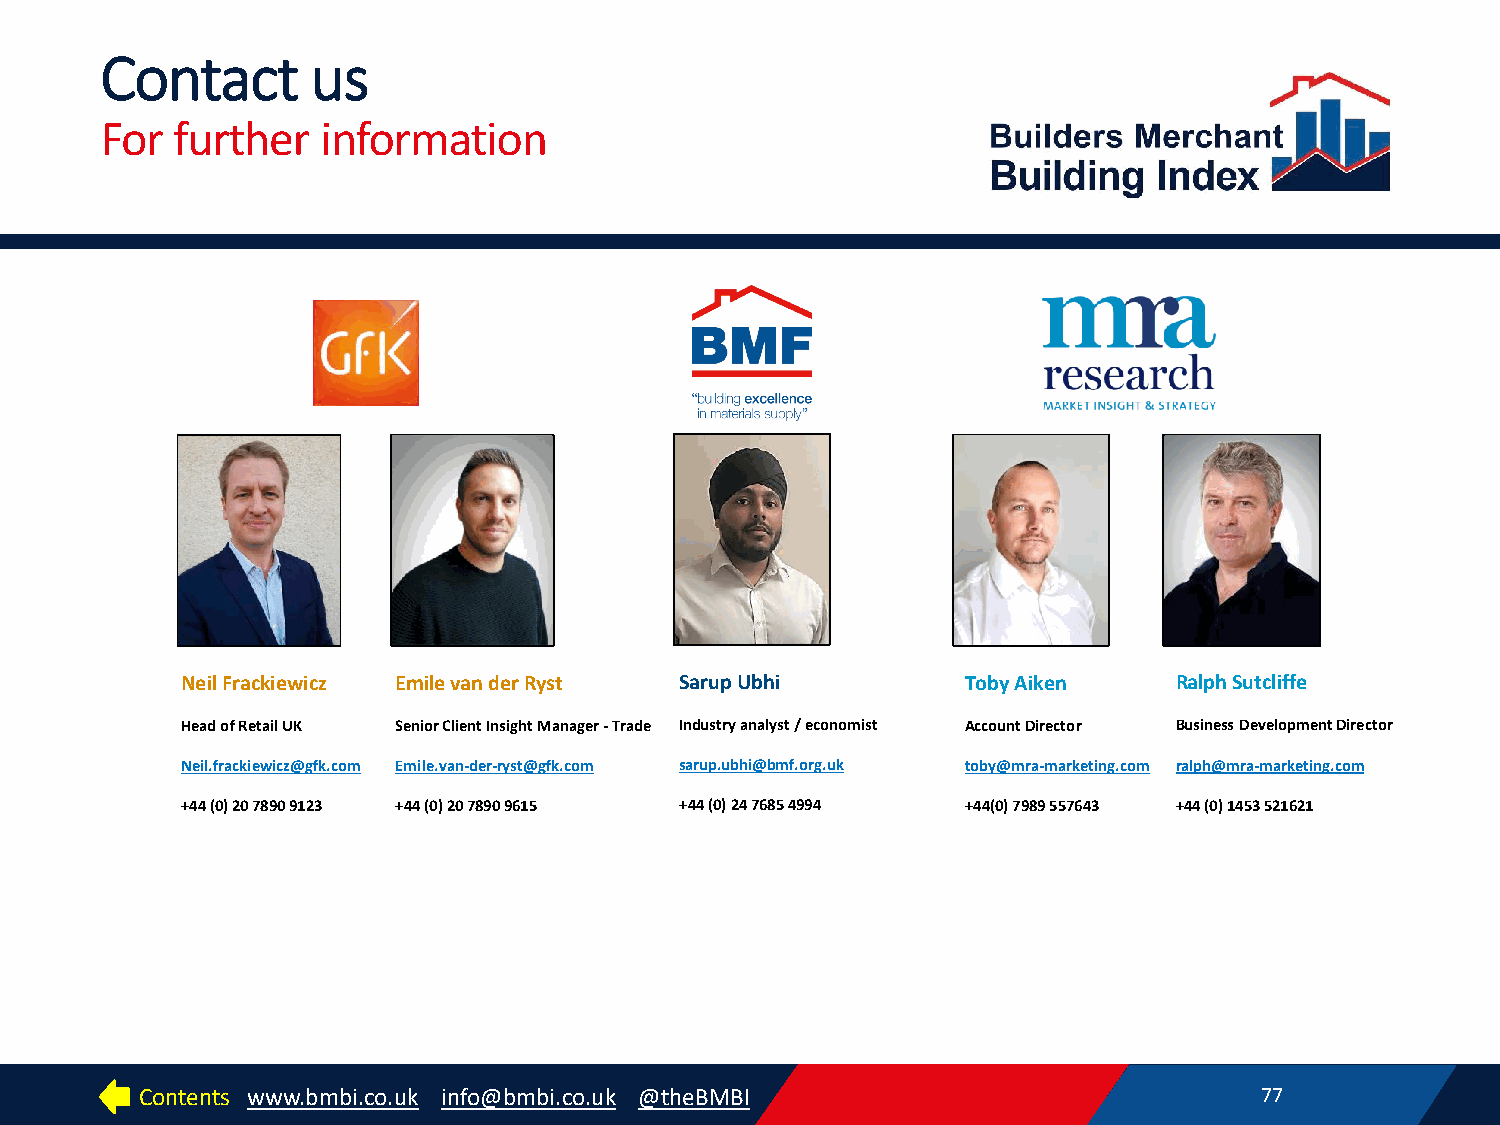
Contact       us
 For further   information
 Neil Frackiewicz Emile van der Ryst SarupUbhi       Toby Aiken    Ralph Sutcliffe
 Head of Retail UK Senior Client Insight Manager -Trade Industry analyst / economist Account Director Business Development Director
 Neil.frackiewicz@gfk.com Emile.van-der-ryst@gfk.com sarup.ubhi@bmf.org.uk toby@mra-marketing.com ralph@mra-marketing.com
 +44 (0) 20 7890 9123 +44 (0) 20 7890 9615 +44 (0) 24 7685 4994 +44(0) 7989 557643 +44 (0) 1453 521621
 Contents www.bmbi.co.uk info@bmbi.co.uk @theBMBI                          77